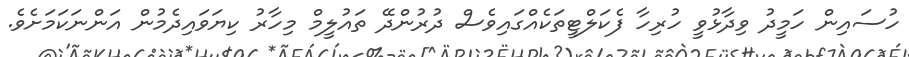
ހުސައިން ހަމީދު ވިދާޅުވީ ހުރިހާ ފެކަލްޓީތަކެއްގައިވެސް ދުރުންދޭ ތައުލީމް މިހާރު ކިޔަވައިދެމުން އަންނަކަމަށެވެ.